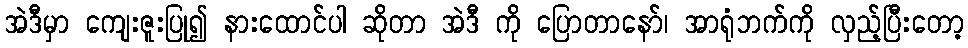
အဲဒီမှာ ကျေးဇူးပြု၍ နားထောင်ပါ ဆိုတာ အဲဒီ ကို ပြောတာနော်၊ အာရုံဘက်ကို လှည့်ပြီးတော့